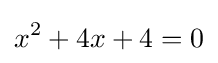
x^{2}+4x+4=0